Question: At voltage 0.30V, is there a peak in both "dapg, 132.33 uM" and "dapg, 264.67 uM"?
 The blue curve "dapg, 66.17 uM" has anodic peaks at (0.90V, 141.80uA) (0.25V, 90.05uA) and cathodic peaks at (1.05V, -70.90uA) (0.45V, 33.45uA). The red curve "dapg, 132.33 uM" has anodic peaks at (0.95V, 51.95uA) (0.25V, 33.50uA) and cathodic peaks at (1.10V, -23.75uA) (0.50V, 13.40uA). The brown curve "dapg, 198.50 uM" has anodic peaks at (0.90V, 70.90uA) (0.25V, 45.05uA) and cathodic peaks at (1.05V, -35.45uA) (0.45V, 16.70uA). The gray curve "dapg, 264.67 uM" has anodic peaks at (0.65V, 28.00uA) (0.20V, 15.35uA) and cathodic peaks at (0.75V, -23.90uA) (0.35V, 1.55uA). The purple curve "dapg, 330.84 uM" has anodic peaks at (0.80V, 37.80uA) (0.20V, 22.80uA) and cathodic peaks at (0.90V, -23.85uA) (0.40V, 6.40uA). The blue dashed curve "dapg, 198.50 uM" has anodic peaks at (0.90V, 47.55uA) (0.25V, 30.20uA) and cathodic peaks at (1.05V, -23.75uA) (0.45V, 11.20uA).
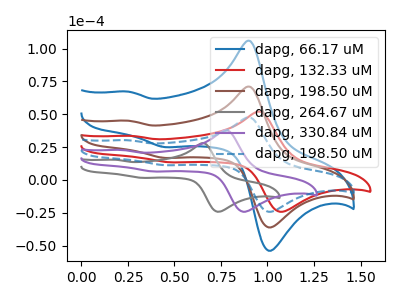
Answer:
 <answer>No, "dapg, 132.33 uM" and "dapg, 264.67 uM" dont share a peak at 0.30V.</answer>
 <eval>mismatch</eval>